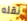
نقله